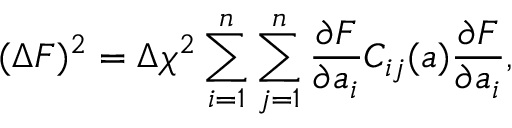
( \Delta F ) ^ { 2 } = \Delta \chi ^ { 2 } \sum _ { i = 1 } ^ { n } \sum _ { j = 1 } ^ { n } \frac { \partial F } { \partial a _ { i } } C _ { i j } ( a ) \frac { \partial F } { \partial a _ { i } } ,